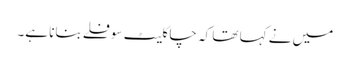
میں نے کہا تھا کہ چاکلیٹ سوفلے بنانا ہے۔